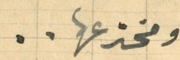
ومخترعها..